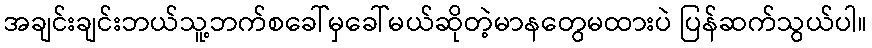
အချင်းချင်းဘယ်သူ့ဘက်စခေါ်မှခေါ်မယ်ဆိုတဲ့မာနတွေမထားပဲ ပြန်ဆက်သွယ်ပါ။